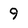
Character: 9